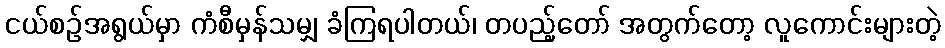
ငယ်စဉ်အရွယ်မှာ ကံစီမှန်သမျှ ခံကြရပါတယ်၊ တပည့်တော် အတွက်တော့ လူကောင်းများတဲ့